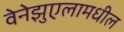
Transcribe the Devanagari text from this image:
वेनेझुएलामधील